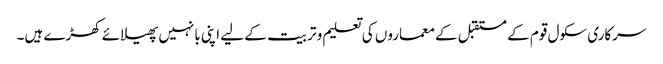
سرکاری سکول قوم کے مستقبل کے معماروں کی تعلیم و تربیت کے لیے اپنی بانہیں پھیلائے کھڑے ہیں۔